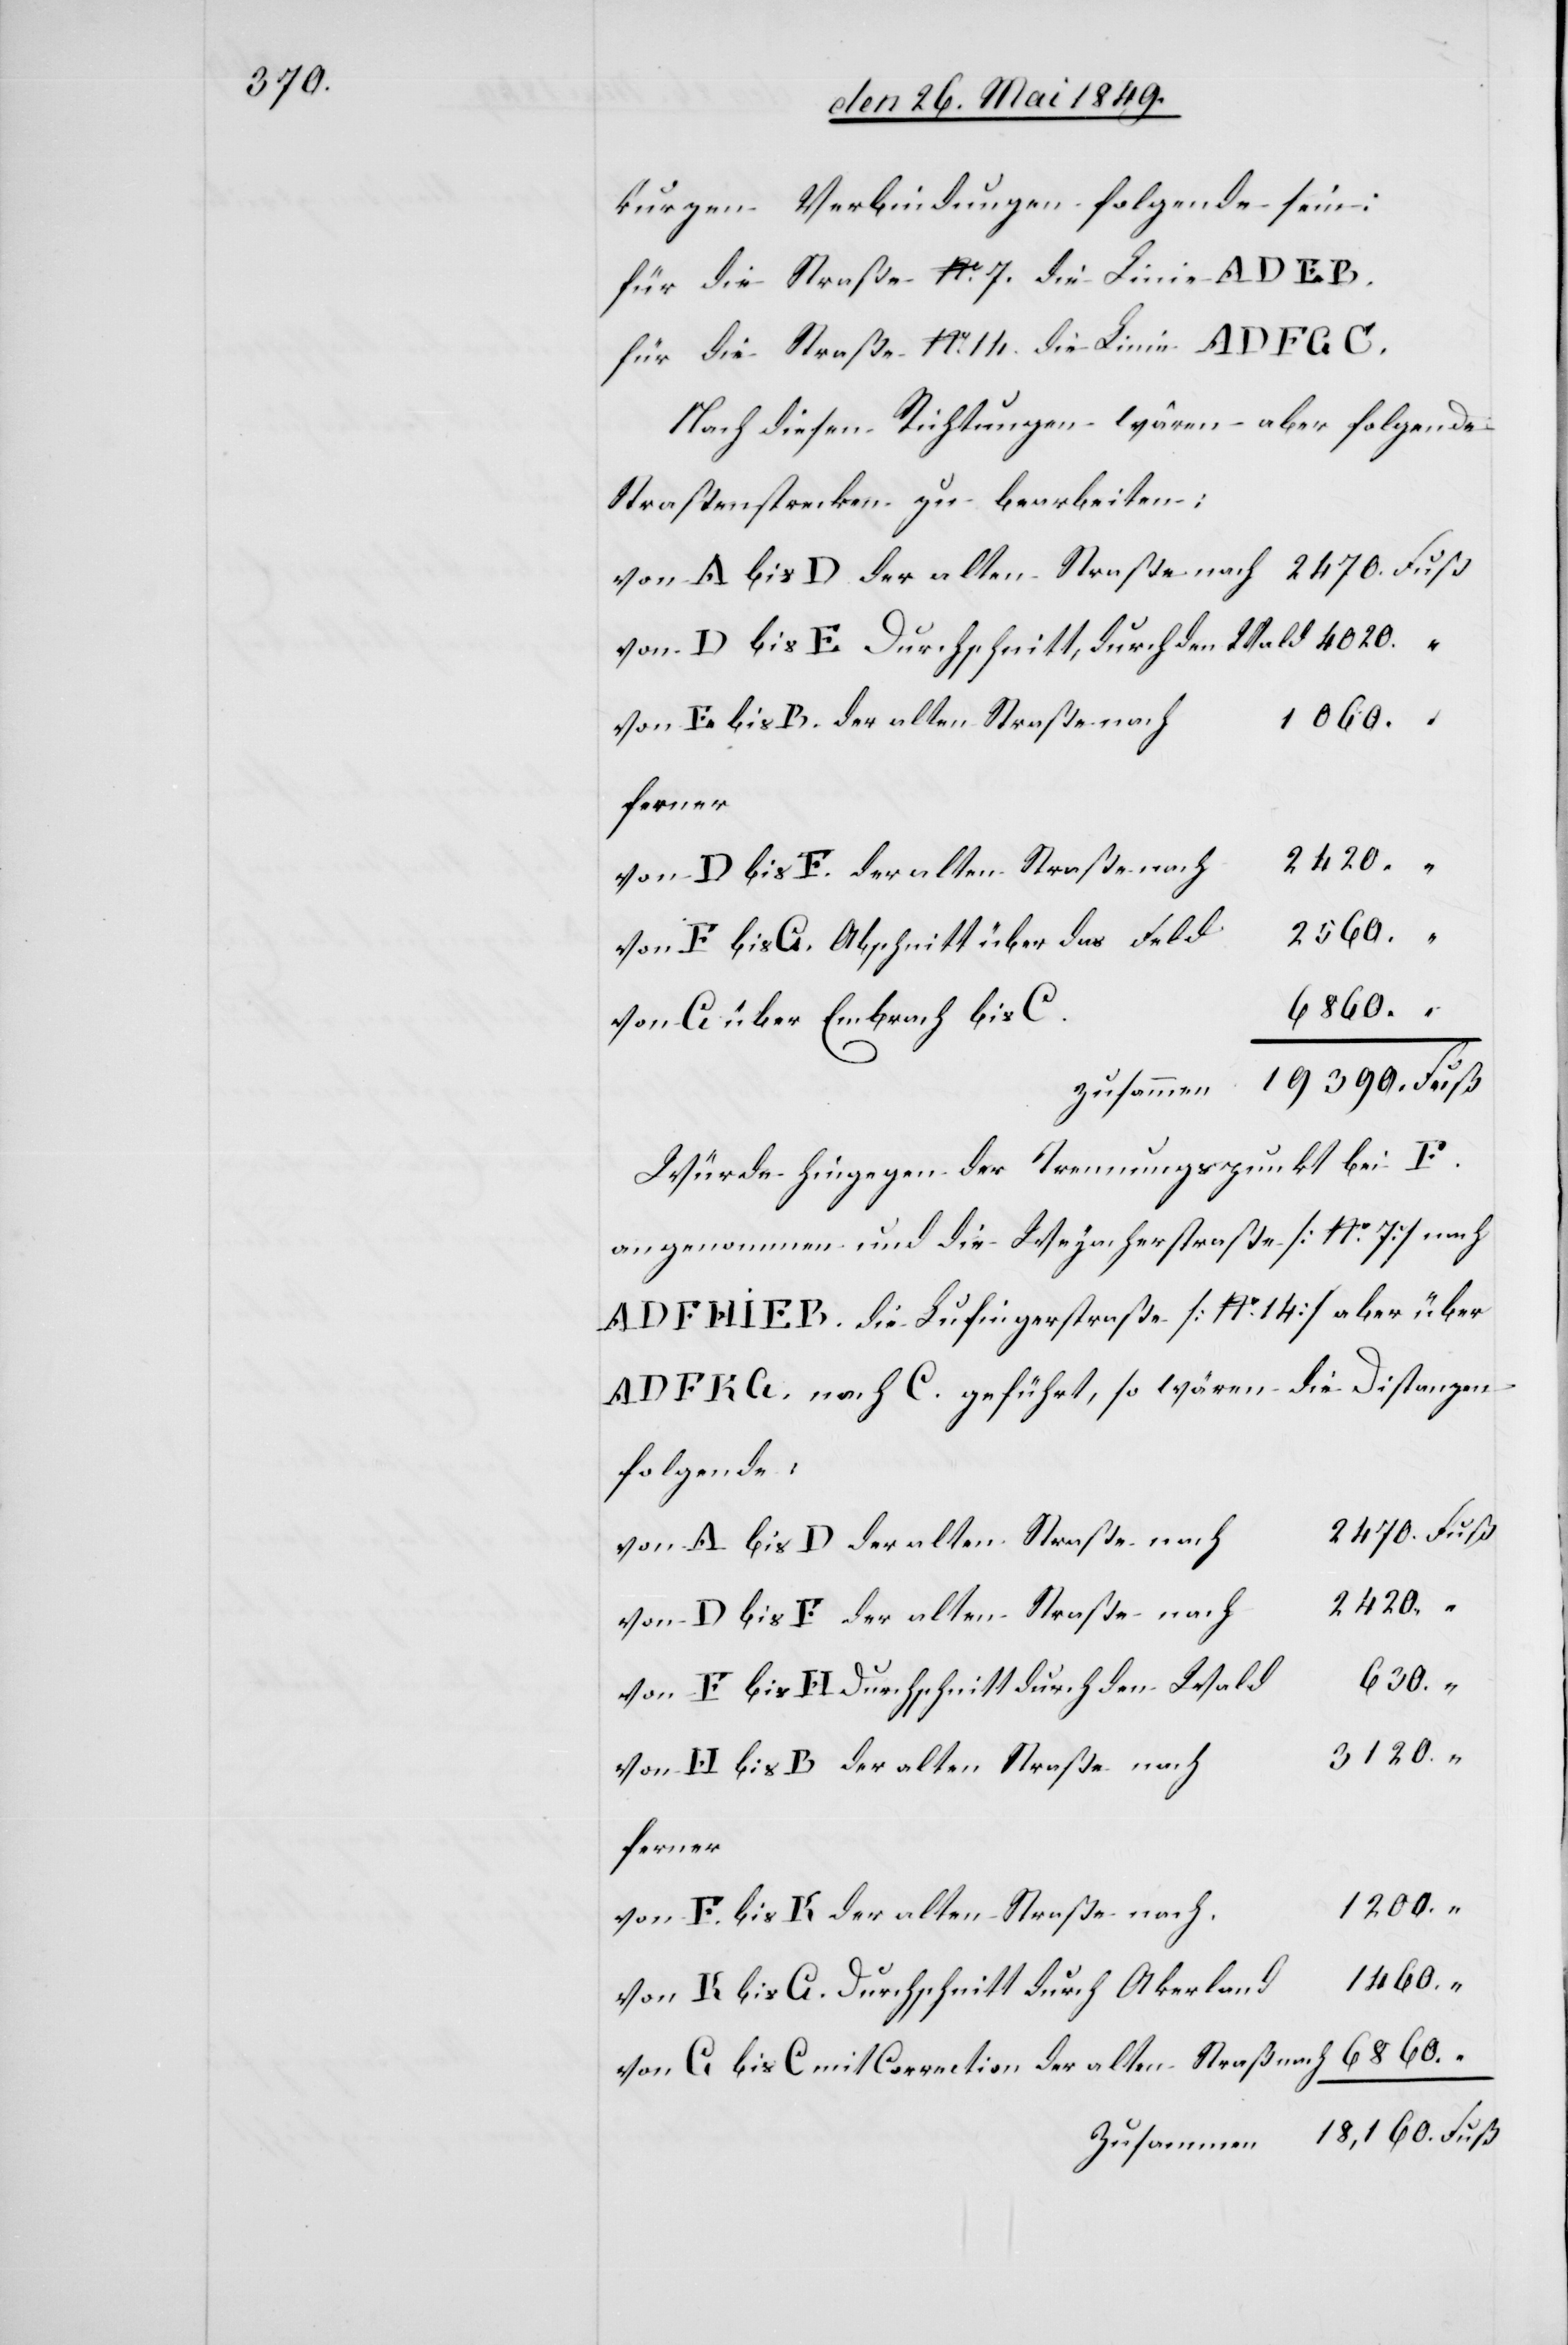
kurzen Verbindungen folgende sein:
für die Straße No 7. die Linie A D E B.
für die Straße No 14. die Linie A D F G C.
Nach diesen Richtungen wären aber folgende
Straßenstrecken zu bearbeiten:
von A bis D der alten Straße nach		2470.	Fuß
von E bis H Durchschnitt durch den Wald	630.
h	1060.
ferner
“
von F bis G Abschnitt über das Fel¬
d	2560.
von G über Embrach bis
Zusammen	19 390.	Fuß
Würde hingegen der Trennungspunkt bei F.
angenommen und die Weyacherstraße [No 7] nach
A D F H I E B. die Lufingerstraße [No 14] aber über
A D F K G. nach C. geführt, so wären die Distanzen
folgende:
h		2420.
von H bis B der alten Straße nach
ferner
von F. bis K der alten Straße nach
d	1460.
von K bis G. Durchschnitt durch Akerlan¬
von G bis C. mit Correction der alten Straß nach	6860.
Zusammen	18 160.	Fuß